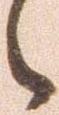
々